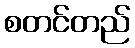
စတင်တည်